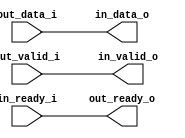
module loopback_device (
   // ---- to/from USB_CDC ------------------------------------------
   output wire [7:0] in_data_o,
   output wire   in_valid_o,
   // While in_valid_o is high, in_data_o shall be valid.
   input wire   in_ready_i,
   // When both in_ready_i and in_valid_o are high, in_data_o shall
   //   be consumed.
   input wire [7:0]  out_data_i,
   input wire        out_valid_i,
   // While out_valid_i is high, the out_data_i shall be valid and both
   //   out_valid_i and out_data_i shall not change until consumed.
   output wire       out_ready_o
   // When both out_valid_i and out_ready_o are high, the out_data_i shall
   //   be consumed.
);

assign out_ready_o = in_ready_i;
assign in_valid_o = out_valid_i;
assign in_data_o = out_data_i;



endmodule